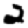
Digit: 2